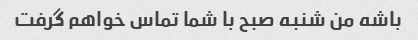
باشه من شنبه صبح با شما تماس خواهم گرفت